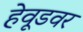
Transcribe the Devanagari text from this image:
हेवूडवर